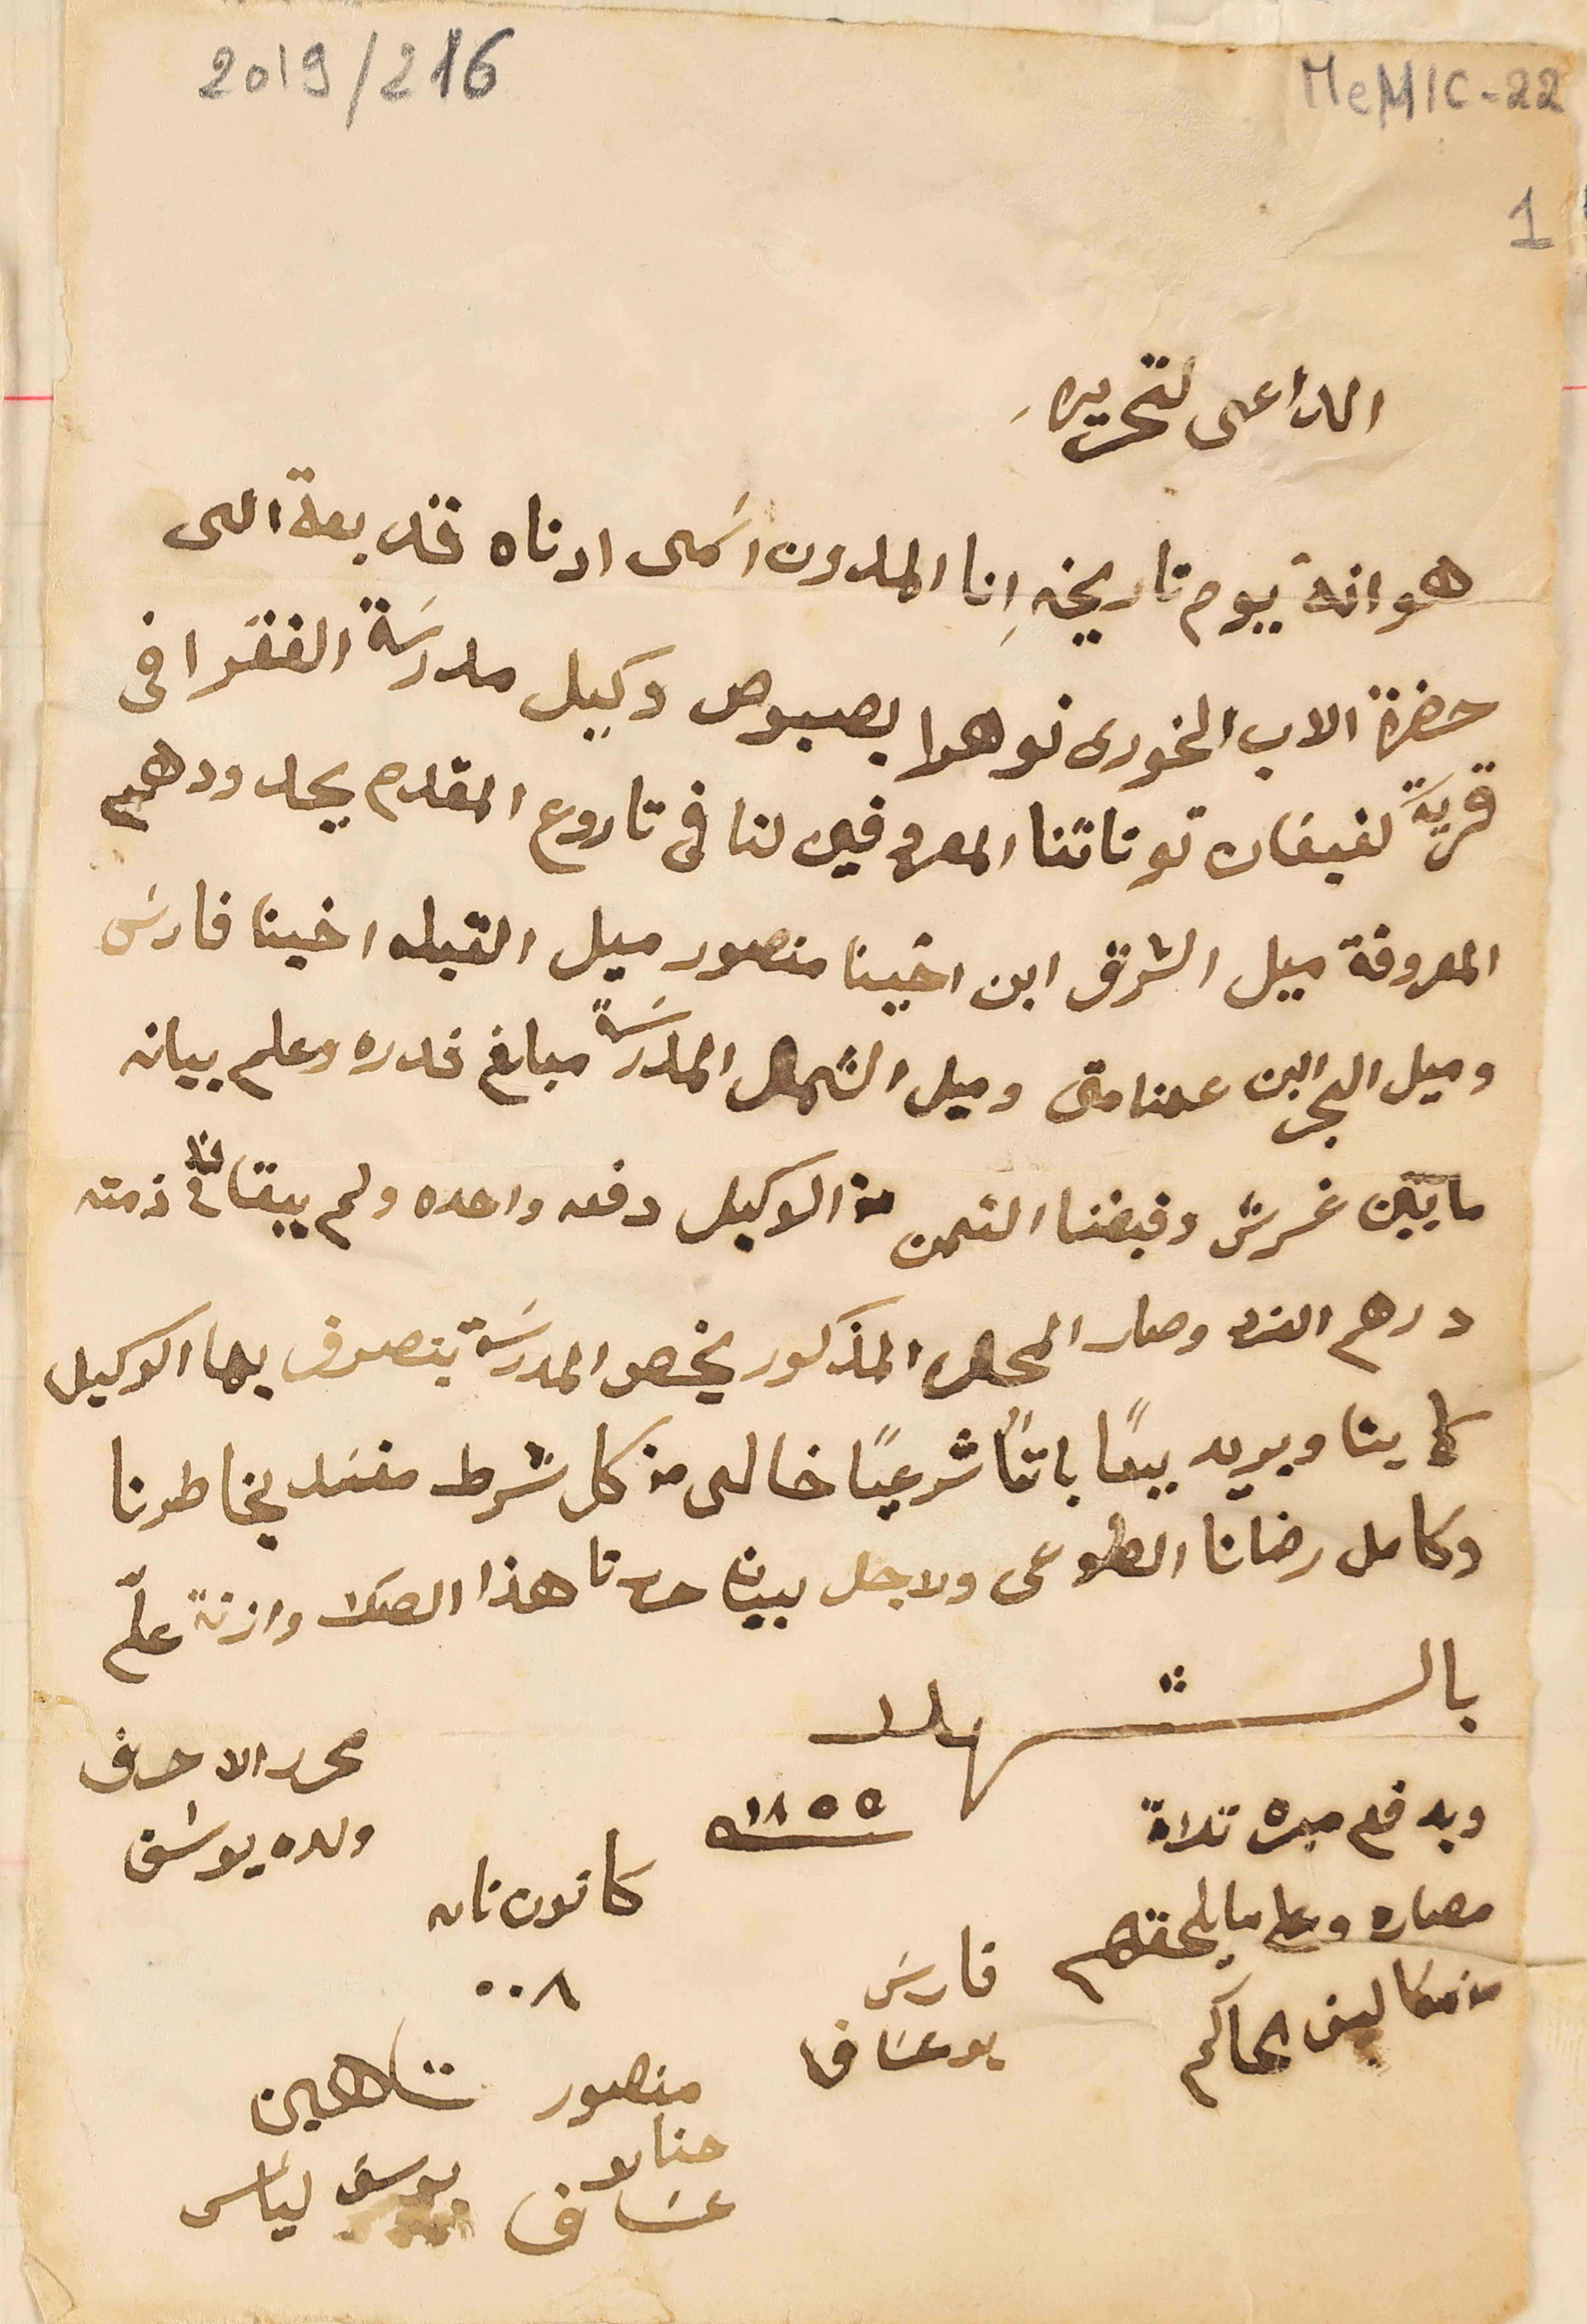
MeM1C-22
 216 /2019
الدعى لتحريره.
هو انة يوم تاريخهِ انا المدون اسَمى ادناه قد بعة الى
حضرة الاب الخورى نوهرا بصبوص وكيل مدرسَة الفقرا فى
قرية كفيفان توتاتنا المعروفين لنا فى تاروع المقدم بحدودهم
المعروفة ميل الشرق ابن اخينا منصور ميل القبله اخينا فارسَ
وميل البحر ابن عمنا متى وميل الشمال المدرسَة مبلغ قدره وعلم بيان
مايتين غرش وقبضنا الثمن من الوكيل دفعه واحده ولم يبقا لنا فى ذمته
درهم الفرد وصار المحل المذكور يخص المدرسَة يتصرف بها الوكيل
كما يشا ويريد بيعاً باتاً شرعيًا خالى من كل شرط مفسَد بخاطرنا
وكامل رضانا الطوعى ولاجل بيان حررنا هذا الصك وازنة علّى
بالشهود                                                                                      محرر الاحرف
ويدفع ميره تلاة                        سنة ١٨٥٥ كانون تانه ٠٠٨            ولده يوسَف
مصاره وعلى ما يلحقهم               فارسَ
من مكاليف المحاكم                  بو عسَاف                  منصور             شاهين
حنا بو عسَاف            يوسف الياس